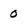
Character: 0